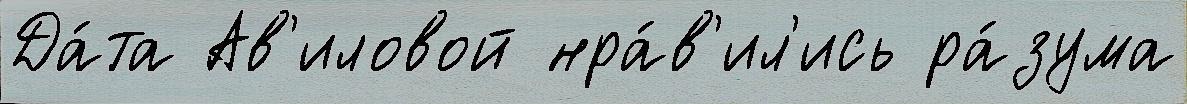
Да́та Ав'иловой нра́в'ил'ись ра́зума